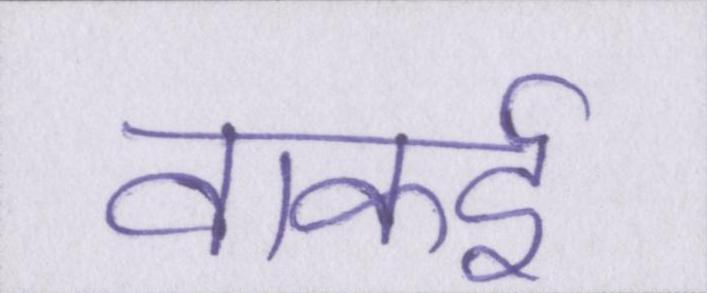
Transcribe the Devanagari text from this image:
वाकई